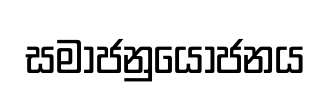
සමාජනුයෝජනය